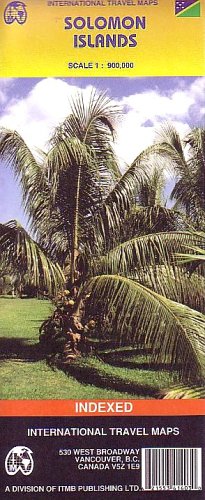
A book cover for Solomon Islands 1:900,000 Travel Map (International Travel Maps); ITM Canada; Travel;